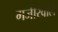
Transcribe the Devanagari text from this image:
मजीरेवाले